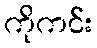
ကိုကင်း